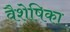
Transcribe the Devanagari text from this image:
वैशेषिका